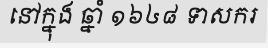
នៅក្នុង ឆ្នាំ ១៦៤៨ ទាសករ